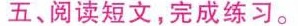
五、阅读短文，完成练习。